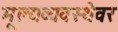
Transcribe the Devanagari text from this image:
मूल्यव्यवस्थेवर